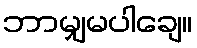
ဘာမျှမပါချေ။